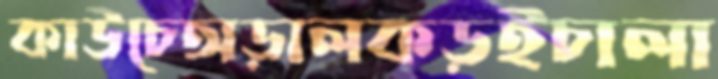
কাউচেঅড়ালকড়ইচালা